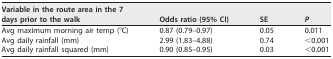
<table><thead><tr><td><b>Variable in the route area in the 7 days prior to the walk</b></td><td><b>Odds ratio (95% CI)</b></td><td><b>SE</b></td><td><b><i>P</i></b></td></tr></thead><tbody><tr><td>Avg maximum morning air temp (°C)</td><td>0.87 (0.79–0.97)</td><td>0.05</td><td>0.011</td></tr><tr><td>Avg daily rainfall (mm)</td><td>2.99 (1.83–4.88)</td><td>0.74</td><td>&lt;0.001</td></tr><tr><td>Avg daily rainfall squared (mm)</td><td>0.90 (0.85–0.95)</td><td>0.03</td><td>&lt;0.001</td></tr></tbody></table>